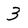
Character: 3